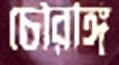
চৌরঙ্গি